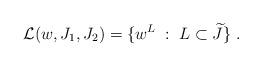
LaTeX: \begin{align*}\mathcal{L}(w,J_1,J_2) = \{ w^L\;:\; L\subset \widetilde{J} \}\;.\end{align*}